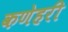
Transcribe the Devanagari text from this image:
कणेहरी